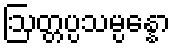
ဩတ္တပ္ပသမ္ပန္နော